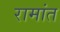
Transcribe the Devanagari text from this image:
रामांत